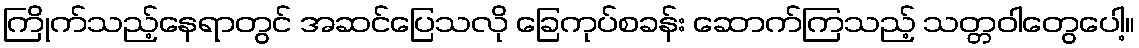
ကြိုက်သည့်နေရာတွင် အဆင်ပြေသလို ခြေကုပ်စခန်း ဆောက်ကြသည့် သတ္တဝါတွေပေါ့။